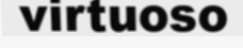
virtuoso